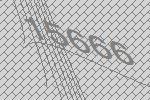
15666